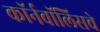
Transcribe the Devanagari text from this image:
कॉर्नवॉलिसचे